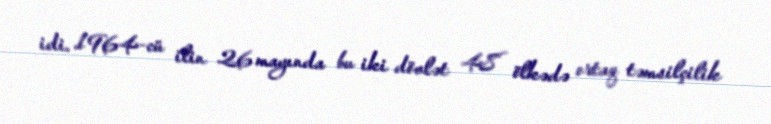
idi. 1964-cü ilin 26 mayında bu iki dövlət 48 ölkədə ortaq təmsilçilik